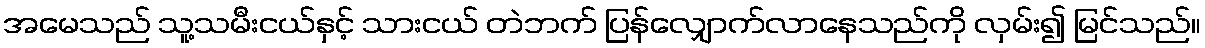
အမေသည် သူ့သမီးငယ်နှင့် သားငယ် တဲဘက် ပြန်လျှောက်လာနေသည်ကို လှမ်း၍ မြင်သည်။